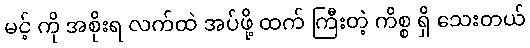
မင့် ကို အစိုးရ လက်ထဲ အပ်ဖို့ ထက် ကြီးတဲ့ ကိစ္စ ရှိ သေးတယ်